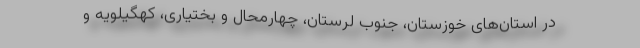
در استان‌های خوزستان، جنوب لرستان، چهارمحال و بختیاری، کهگیلویه و